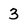
Character: 3